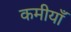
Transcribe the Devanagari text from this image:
कमीयाँ